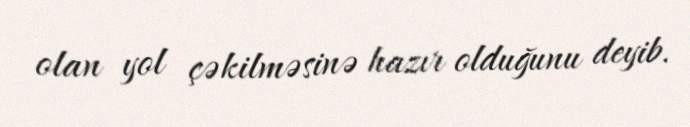
olan yol çəkilməsinə hazır olduğunu deyib.